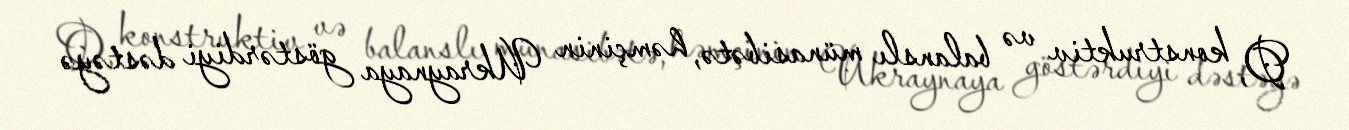
O, konstruktiv və balanslı münasibətə, həmçinin Ukraynaya göstərdiyi dəstəyə